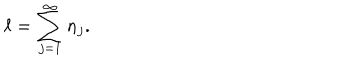
\ell = \sum _ { j = 1 } ^ { \infty } n _ { j } .